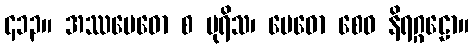
၄၁၃။ အဿမေဓော စ ပုရိသ၊ မေဓော စေဝ နိရဂ္ဂဠော။